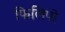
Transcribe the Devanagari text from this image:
फिलिपो